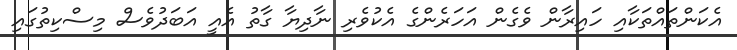
އެކަންތައްތަކާއި ހައިރާން ވެގެން އަހަރެންގެ އެކުވެރި ނާދިޔާ ގާތު އެއީ އަބަދުވެސް މިސްކިތުގައި